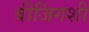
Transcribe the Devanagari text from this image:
बीजिंगशी